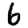
Digit: 6